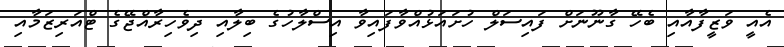
އެއީ ވަޒީފާއާއި ބެހޭ ގާނޫނަށް ފައިސަލް ހުށައަޅުއްވާފައިވާ އިސްލާހުގެ ބިލާއި ދިވެހިރާއްޖޭގެ ޓްއަރިޒަމާއި